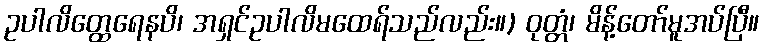
ဥပါလိတ္ထေရေနပိ၊ အရှင်ဥပါလိမထေရ်သည်လည်း။) ဝုတ္တံ၊ မိန့်တော်မူအပ်ပြီ။